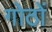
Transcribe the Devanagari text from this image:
गोठों